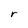
Character: r